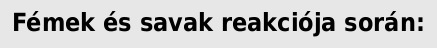
Fémek és savak reakciója során: